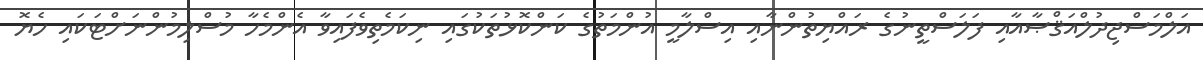
އަލްމަސްޖިދުލްއަޤްޞާއާއި ފަލަސްތީނުގެ ރައްޔިތުންނާއި އިސްލާމީ އުންމަތުގެ ކަންކޮޅުތަކުގައި ނިކަމެތިވެފައިވާ އެންމެހާ މުސްލިމުންނަށްޓަކައި ހެޔޮ